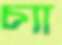
চ্যা